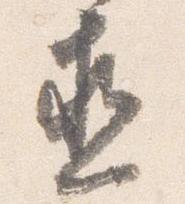
直